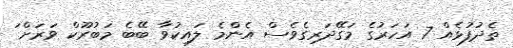
ތެދުފުޅެއް 7 އަހަރުގެ މަގޭދަރިގެވެސް އެންމެ ލައިކުވާ ބޭބެ މަބުރޫކް ވަރަށް ަަ